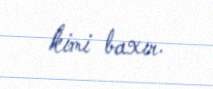
kimi baxır.